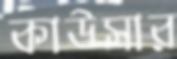
কাউসার